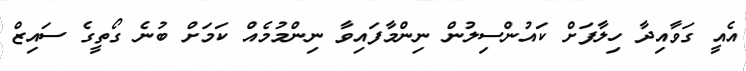
އެއީ ގަވާއިދާ ހިލާފަށް ކައުންސިލުން ނިންމާފައިވާ ނިންމުމެއް ކަމަށް ބުނެ ގޯތީގެ ސައިޒް